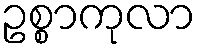
ဥစ္စာကုလာ